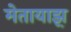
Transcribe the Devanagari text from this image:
मेतायाझ़